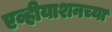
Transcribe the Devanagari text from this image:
एव्हीयाशनच्या